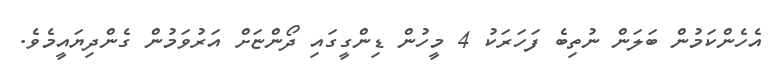
އެހެންކަމުން ބަލަން ނުތިބެ ފަހަރަކު 4 މީހުން ޑިންގީގައި ދޯންޏަށް އަރުވަމުން ގެންދިޔައީމެވެ.